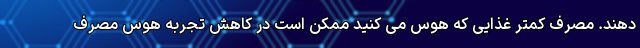
دهند. مصرف کمتر غذایی که هوس می کنید ممکن است در کاهش تجربه هوس مصرف